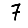
Digit: 7